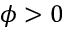
\phi > 0